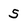
Character: S